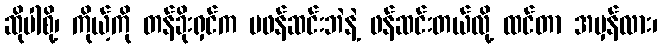
ဆိုပါစို့၊ ကိုယ့်ကို တန်ခိုးရှင်က မဖန်ဆင်းဘဲနဲ့ ဖန်ဆင်းတယ်လို့ ထင်တာ အမှန်လား၊